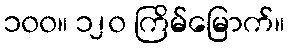
၁၀၀။ ၁၂၀ ကြိမ်မြောက်။